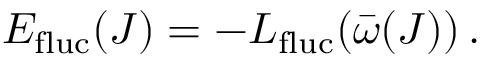
E _ { \mathrm { f l u c } } ( J ) = - L _ { \mathrm { f l u c } } ( \bar { \omega } ( J ) ) \, .